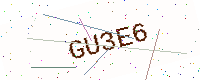
Text: GU3E6